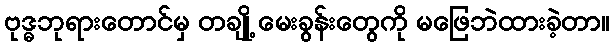
ဗုဒ္ဓဘုရားတောင်မှ တချို့ မေးခွန်းတွေကို မဖြေဘဲထားခဲ့တာ။